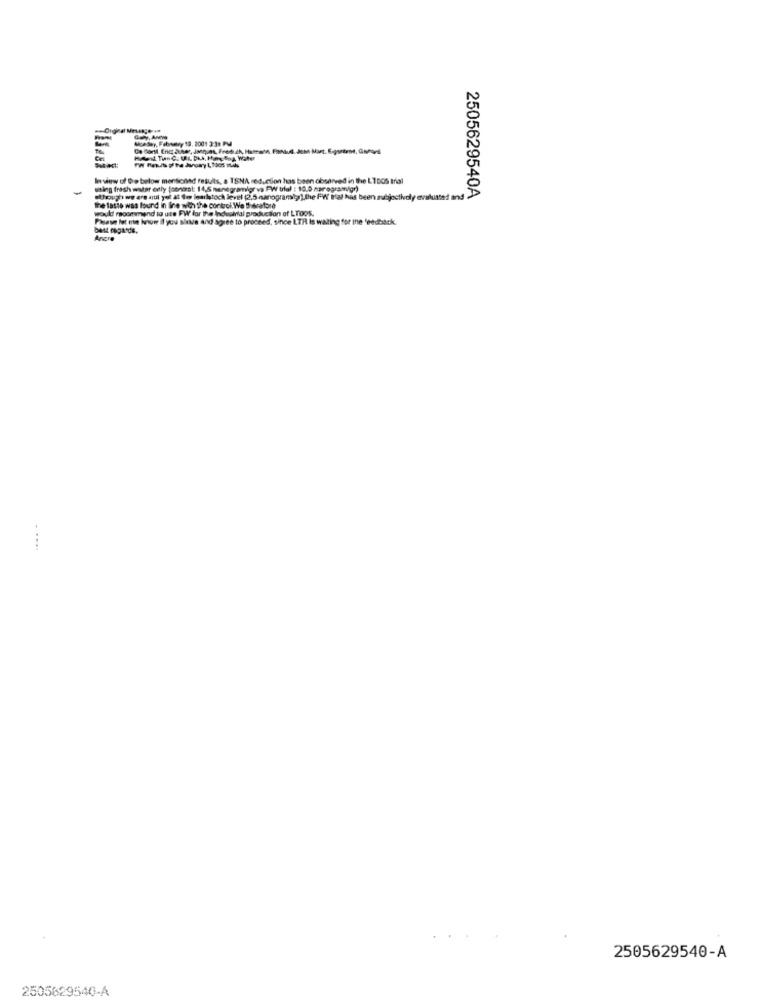
Monday, Febnevy 19. 2001 3:31 PM
In view of De below mentionsd results, a TSNA reduction has been observed in the LIDOS trial
watleg fresh water etly foonerst 14,5 manegramlgr va FW trial : 10.0 harogrammigr)
2505629540A
@though we are sul yol at dee learhatoch level (2.5 nanogrant).the FW tral has been subject
would recommend to use FW for the Industrial production of LTOos.
the laste was found in line with the control. We therefore
Please let me know il you slate and agree to proceed, since LTR Is waiting for ine feedback.
best regards.
Ancre
2505629540-A
2505629540-A